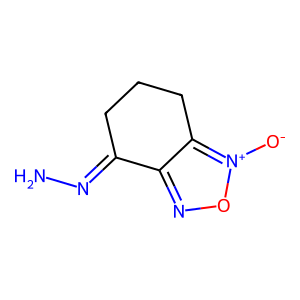
SMILES: NN=C1CCCc2c1no[n+]2[O-]
Inhibits HIV replication: No